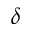
\delta